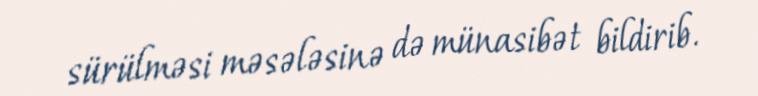
sürülməsi məsələsinə də münasibət bildirib.